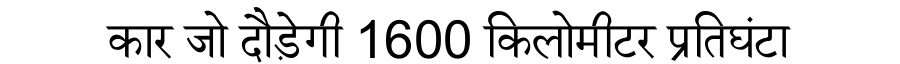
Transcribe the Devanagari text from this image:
कार जो दौड़ेगी 1600 किलोमीटर प्रतिघंटा